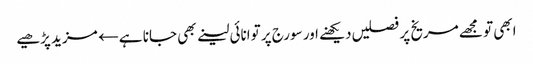
ابھی تو مجھے مریخ پر فصلیں دیکھنے اور سورج پر توانائی لینے بھی جانا ہے← مزید پڑھیے